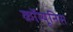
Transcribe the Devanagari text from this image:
कॉम्यूनिस